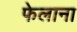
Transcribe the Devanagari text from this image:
फेलाना